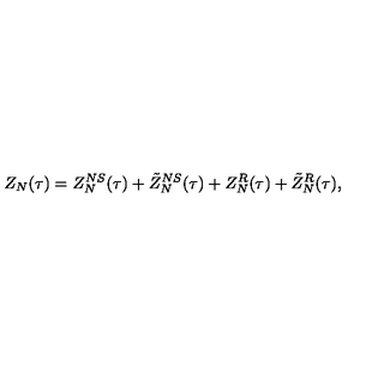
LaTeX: Z _ { N } ( \tau ) = Z _ { N } ^ { N S } ( \tau ) + \tilde { Z } _ { N } ^ { N S } ( \tau ) + Z _ { N } ^ { R } ( \tau ) + \tilde { Z } _ { N } ^ { R } ( \tau ) ,